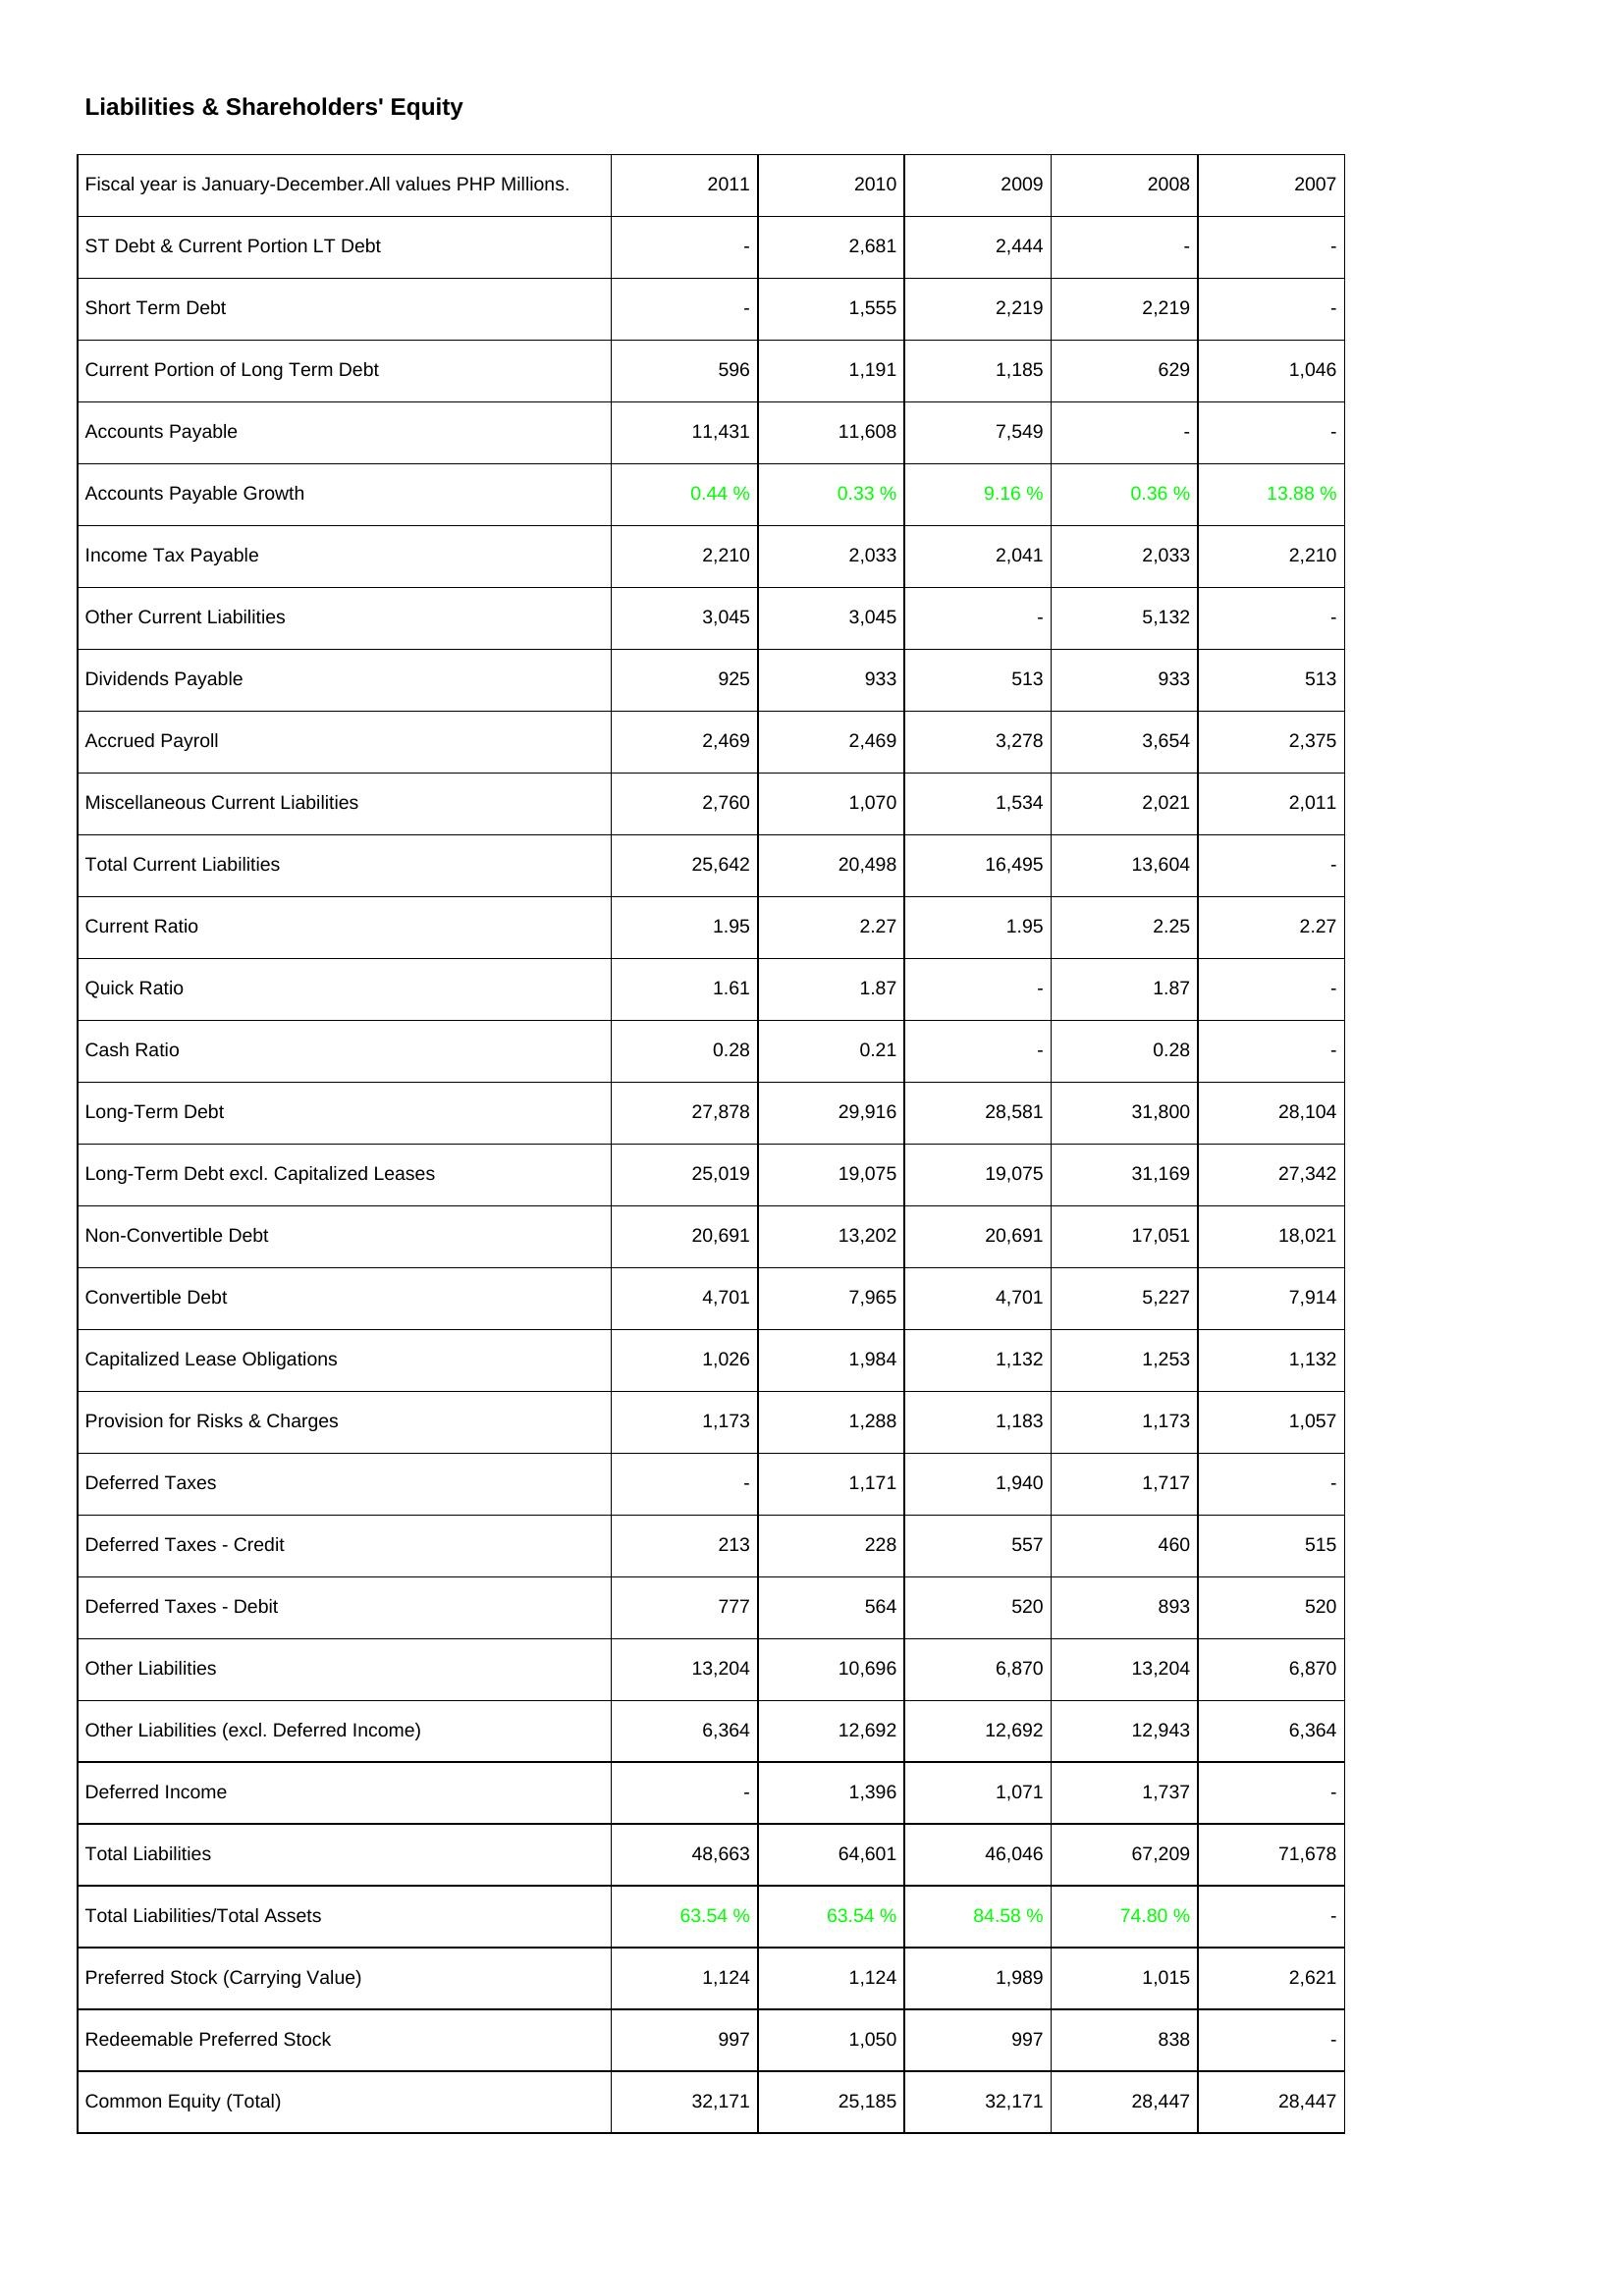
2011: Liabilities & Shareholders' Equity: ST Debt & Current Portion LT Debt: -
Short Term Debt: -
Current Portion of Long Term Debt: 596
Accounts Payable: 11,431
Accounts Payable Growth: 0.44 %
Income Tax Payable: 2,210
Other Current Liabilities: 3,045
Dividends Payable: 925
Accrued Payroll: 2,469
Miscellaneous Current Liabilities: 2,760
Total Current Liabilities: 25,642
Current Ratio: 1.95
Quick Ratio: 1.61
Cash Ratio: 0.28
Long-Term Debt: 27,878
Long-Term Debt excl. Capitalized Leases: 25,019
Non-Convertible Debt: 20,691
Convertible Debt: 4,701
Capitalized Lease Obligations: 1,026
Provision for Risks & Charges: 1,173
Deferred Taxes: -
Deferred Taxes - Credit: 213
Deferred Taxes - Debit: 777
Other Liabilities: 13,204
Other Liabilities (excl. Deferred Income): 6,364
Deferred Income: -
Total Liabilities: 48,663
Total Liabilities/Total Assets: 63.54 %
Preferred Stock (Carrying Value): 1,124
Redeemable Preferred Stock: 997
Common Equity (Total): 32,171
2010: Liabilities & Shareholders' Equity: ST Debt & Current Portion LT Debt: 2,681
Short Term Debt: 1,555
Current Portion of Long Term Debt: 1,191
Accounts Payable: 11,608
Accounts Payable Growth: 0.33 %
Income Tax Payable: 2,033
Other Current Liabilities: 3,045
Dividends Payable: 933
Accrued Payroll: 2,469
Miscellaneous Current Liabilities: 1,070
Total Current Liabilities: 20,498
Current Ratio: 2.27
Quick Ratio: 1.87
Cash Ratio: 0.21
Long-Term Debt: 29,916
Long-Term Debt excl. Capitalized Leases: 19,075
Non-Convertible Debt: 13,202
Convertible Debt: 7,965
Capitalized Lease Obligations: 1,984
Provision for Risks & Charges: 1,288
Deferred Taxes: 1,171
Deferred Taxes - Credit: 228
Deferred Taxes - Debit: 564
Other Liabilities: 10,696
Other Liabilities (excl. Deferred Income): 12,692
Deferred Income: 1,396
Total Liabilities: 64,601
Total Liabilities/Total Assets: 63.54 %
Preferred Stock (Carrying Value): 1,124
Redeemable Preferred Stock: 1,050
Common Equity (Total): 25,185
2009: Liabilities & Shareholders' Equity: ST Debt & Current Portion LT Debt: 2,444
Short Term Debt: 2,219
Current Portion of Long Term Debt: 1,185
Accounts Payable: 7,549
Accounts Payable Growth: 9.16 %
Income Tax Payable: 2,041
Other Current Liabilities: -
Dividends Payable: 513
Accrued Payroll: 3,278
Miscellaneous Current Liabilities: 1,534
Total Current Liabilities: 16,495
Current Ratio: 1.95
Quick Ratio: -
Cash Ratio: -
Long-Term Debt: 28,581
Long-Term Debt excl. Capitalized Leases: 19,075
Non-Convertible Debt: 20,691
Convertible Debt: 4,701
Capitalized Lease Obligations: 1,132
Provision for Risks & Charges: 1,183
Deferred Taxes: 1,940
Deferred Taxes - Credit: 557
Deferred Taxes - Debit: 520
Other Liabilities: 6,870
Other Liabilities (excl. Deferred Income): 12,692
Deferred Income: 1,071
Total Liabilities: 46,046
Total Liabilities/Total Assets: 84.58 %
Preferred Stock (Carrying Value): 1,989
Redeemable Preferred Stock: 997
Common Equity (Total): 32,171
2008: Liabilities & Shareholders' Equity: ST Debt & Current Portion LT Debt: -
Short Term Debt: 2,219
Current Portion of Long Term Debt: 629
Accounts Payable: -
Accounts Payable Growth: 0.36 %
Income Tax Payable: 2,033
Other Current Liabilities: 5,132
Dividends Payable: 933
Accrued Payroll: 3,654
Miscellaneous Current Liabilities: 2,021
Total Current Liabilities: 13,604
Current Ratio: 2.25
Quick Ratio: 1.87
Cash Ratio: 0.28
Long-Term Debt: 31,800
Long-Term Debt excl. Capitalized Leases: 31,169
Non-Convertible Debt: 17,051
Convertible Debt: 5,227
Capitalized Lease Obligations: 1,253
Provision for Risks & Charges: 1,173
Deferred Taxes: 1,717
Deferred Taxes - Credit: 460
Deferred Taxes - Debit: 893
Other Liabilities: 13,204
Other Liabilities (excl. Deferred Income): 12,943
Deferred Income: 1,737
Total Liabilities: 67,209
Total Liabilities/Total Assets: 74.80 %
Preferred Stock (Carrying Value): 1,015
Redeemable Preferred Stock: 838
Common Equity (Total): 28,447
2007: Liabilities & Shareholders' Equity: ST Debt & Current Portion LT Debt: -
Short Term Debt: -
Current Portion of Long Term Debt: 1,046
Accounts Payable: -
Accounts Payable Growth: 13.88 %
Income Tax Payable: 2,210
Other Current Liabilities: -
Dividends Payable: 513
Accrued Payroll: 2,375
Miscellaneous Current Liabilities: 2,011
Total Current Liabilities: -
Current Ratio: 2.27
Quick Ratio: -
Cash Ratio: -
Long-Term Debt: 28,104
Long-Term Debt excl. Capitalized Leases: 27,342
Non-Convertible Debt: 18,021
Convertible Debt: 7,914
Capitalized Lease Obligations: 1,132
Provision for Risks & Charges: 1,057
Deferred Taxes: -
Deferred Taxes - Credit: 515
Deferred Taxes - Debit: 520
Other Liabilities: 6,870
Other Liabilities (excl. Deferred Income): 6,364
Deferred Income: -
Total Liabilities: 71,678
Total Liabilities/Total Assets: -
Preferred Stock (Carrying Value): 2,621
Redeemable Preferred Stock: -
Common Equity (Total): 28,447